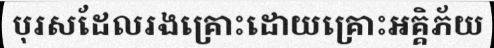
បុរសដែលរងគ្រោះដោយគ្រោះអគ្គិភ័យ